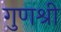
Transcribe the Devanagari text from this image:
गुणश्री